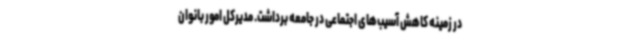
در زمینه کاهش آسیب‌های اجتماعی در جامعه برداشت. مدیرکل امور بانوان